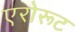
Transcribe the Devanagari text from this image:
एरोरूट